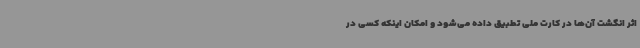
اثر انگشت آن‌ها در کارت ملی تطبیق داده می‌شود و امکان اینکه کسی در